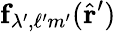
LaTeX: \mathbf{f}_{\lambda^{\prime},\ell^{\prime}m^{\prime}}(\hat{\mathbf{r}}^{\prime})